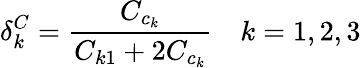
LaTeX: \delta_{k}^{C}=\frac{C_{c_{k}}}{C_{k1}+2C_{c_{k}}}\quad k=1,2,3